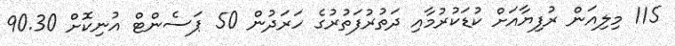
115 މިލިއަން ރުފިޔާއަށް ކުޑަކުރުމާއި ދަތުރުފަތުރުގެ ހަރަދުން 50 ޕަސެންޓް އުނިކޮށް 90.30